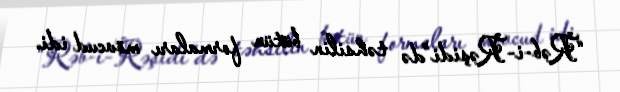
“Rəb-i-Rəşidi”də təhsilin bütün formaları mövcud idi.